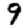
Digit: 9